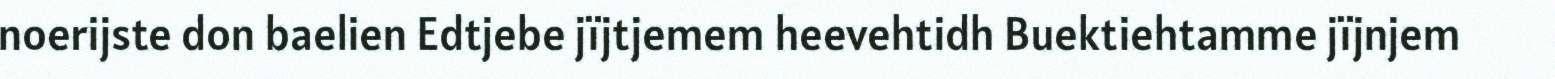
noerijste don baelien Edtjebe jïjtjemem heevehtidh Buektiehtamme jïjnjem